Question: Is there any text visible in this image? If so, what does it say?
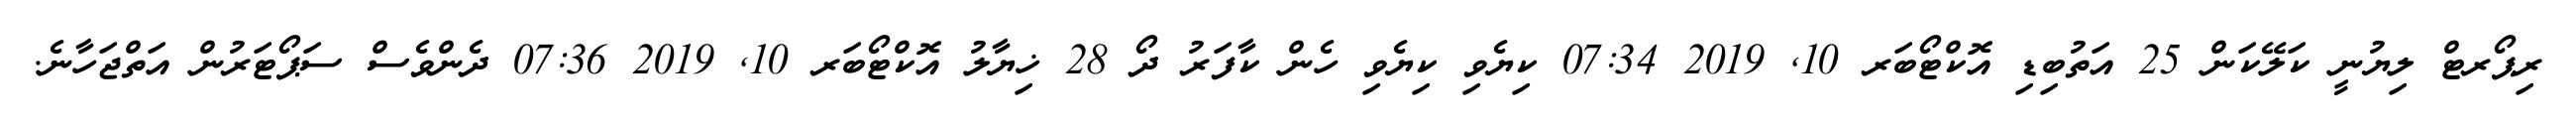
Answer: ރިޕޯރޓް ލިޔުނީ ކަލޭކަން 25 އަތުބިޑި އޮކްޓޯބަރ 10, 2019 07:34 ކިޔެވި ކިޔެވި ހެން ކާފަރު ދޯ 28 ޚިޔާލު އޮކްޓޯބަރ 10, 2019 07:36 ދެންވެސް ސަޕޯޓަރުން އަތްޖަހާނެ.